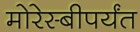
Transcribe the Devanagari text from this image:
मोरेस्बीपर्यंत